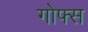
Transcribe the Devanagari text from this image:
गोफ्स